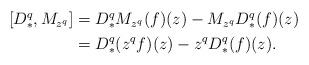
LaTeX: \begin{align*}\begin{aligned}[D_*^q,M_{z^q}]&=D^q_*M_{z^q}(f)(z)-M_{z^q}D_*^q(f)(z)\\&=D^q_*(z^qf)(z)-z^qD_*^q(f)(z).\end{aligned}\end{align*}